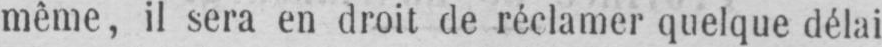
même, il sera en droit de réclamer quelque délai